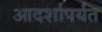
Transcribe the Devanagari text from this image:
आदर्शापर्यंत